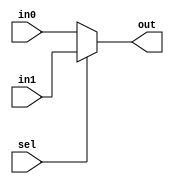
module mux
  #(parameter width=32)
   (
    output [width-1:0] out,
    input              sel,
    input [width-1:0]  in0,
    input [width-1:0]  in1
    );

   assign out = sel ? in1 : in0;
endmodule